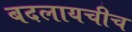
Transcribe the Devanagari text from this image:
बदलायचीच